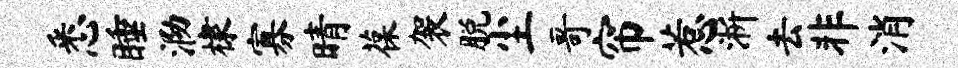
悉睡泐棣寡晴葆袈脱尘哥帘惹淅去非消